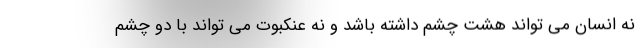
نه انسان می تواند هشت چشم داشته باشد و نه عنکبوت می تواند با دو چشم